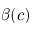
\beta ( c )